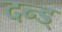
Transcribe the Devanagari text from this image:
दन्ड्